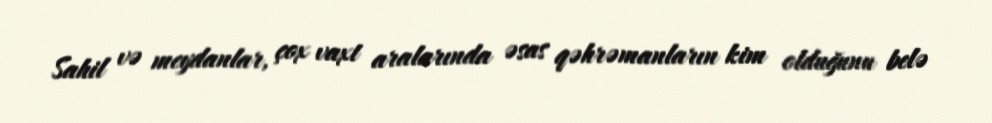
Sahil və meydanlar, çox vaxt aralarında əsas qəhrəmanların kim olduğunu belə